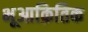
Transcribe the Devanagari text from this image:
भूआक्रितिक